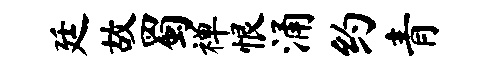
廷故蜀禅恨涌约青